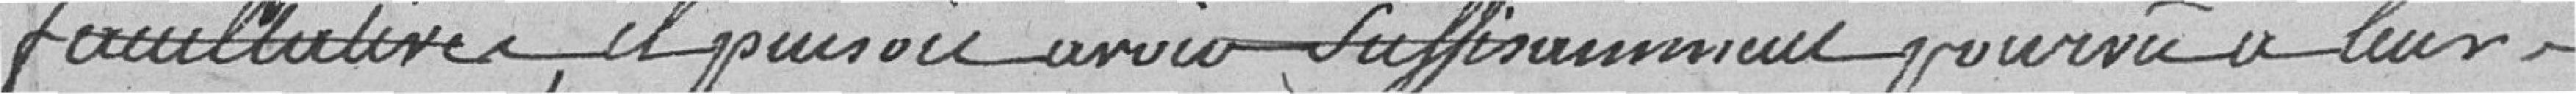
facultative, il pensait avoir suffisamment pourvu à leur